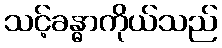
သင့်ခန္ဓာကိုယ်သည်